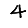
Digit: 4